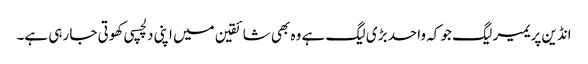
انڈین پریمیر لیگ جو کہ واحد بڑی لیگ ہے وہ بھی شائقین میں اپنی دلچسپی کھوتی جا رہی ہے۔